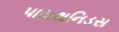
પાયથનિડસ